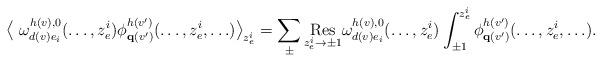
LaTeX: \begin{align*}\bigl\langle\ \omega^{h(v),0}_{d(v)e_i}(\ldots,z_e^i)\phi_{\mathbf{q}(v')}^{h(v')}(\ldots,z_e^i,\ldots) \bigr\rangle_{z_e^i}=\sum_{\pm} \underset{z_e^i \rightarrow \pm 1}{\textrm{Res}} \omega^{h(v),0}_{d(v)e_i}(\ldots,z_e^i) \int_{\pm 1}^{z_e^i}\phi_{\mathbf{q}(v')}^{h(v')}(\ldots,z_e^i,\ldots).\end{align*}